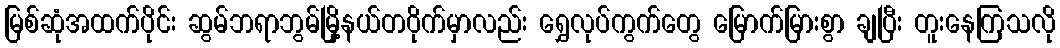
မြစ်ဆုံအထက်ပိုင်း ဆွမ်ဘရာဘွမ်မြို့နယ်တဝိုက်မှာလည်း ရွှေလုပ်ကွက်တွေ မြောက်မြားစွာ ချပြီး တူးနေကြသလို